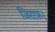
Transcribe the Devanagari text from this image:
जिराफ़।